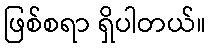
ဖြစ်စရာ ရှိပါတယ်။